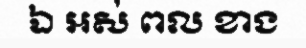
ឯ អស់ ពល ខាង